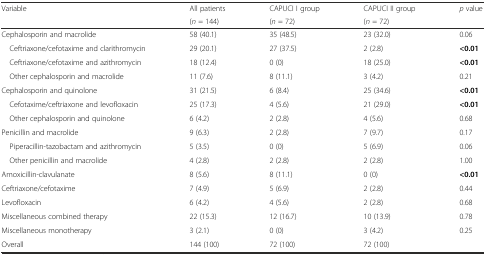
| <ROWSPAN=2> Variable | All patients | CAPUCI I group | CAPUCI II group | p value |
 | (n = 144) | (n = 72) | (n = 72) |  |
 | --- | --- | --- | --- | --- |
 | Cephalosporin and macrolide | 58 (40.1) | 35 (48.5) | 23 (32.0) | 0.06 |
 | Ceftriaxone/cefotaxime and clarithromycin | 29 (20.1) | 27 (37.5) | 2 (2.8) | <0.01 |
 | Ceftriaxone/cefotaxime and azithromycin | 18 (12.4) | 0 (0) | 18 (25.0) | <0.01 |
 | Other cephalosporin and macrolide | 11 (7.6) | 8 (11.1) | 3 (4.2) | 0.21 |
 | Cephalosporin and quinolone | 31 (21.5) | 6 (8.4) | 25 (34.6) | <0.01 |
 | Cefotaxime/ceftriaxone and levofloxacin | 25 (17.3) | 4 (5.6) | 21 (29.0) | <0.01 |
 | Other cephalosporin and quinolone | 6 (4.2) | 2 (2.8) | 4 (5.6) | 0.68 |
 | Penicillin and macrolide | 9 (6.3) | 2 (2.8) | 7 (9.7) | 0.17 |
 | Piperacillin-tazobactam and azithromycin | 5 (3.5) | 0 (0) | 5 (6.9) | 0.06 |
 | Other penicillin and macrolide | 4 (2.8) | 2 (2.8) | 2 (2.8) | 1.00 |
 | Amoxicillin-clavulanate | 8 (5.6) | 8 (11.1) | 0 (0) | <0.01 |
 | Ceftriaxone/cefotaxime | 7 (4.9) | 5 (6.9) | 2 (2.8) | 0.44 |
 | Levofloxacin | 6 (4.2) | 4 (5.6) | 2 (2.8) | 0.68 |
 | Miscellaneous combined therapy | 22 (15.3) | 12 (16.7) | 10 (13.9) | 0.78 |
 | Miscellaneous monotherapy | 3 (2.1) | 0 (0) | 3 (4.2) | 0.25 |
 | Overall | 144 (100) | 72 (100) | 72 (100) |  |